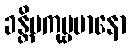
ခန္တိမကုဗ္ဗမာနော